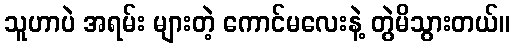
သူဟာပဲ အရမ်း များတဲ့ ကောင်မလေးနဲ့ တွဲမိသွားတယ်။